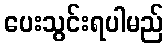
ပေးသွင်းရပါမည်